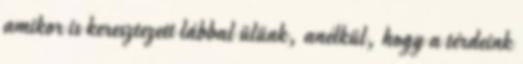
amikor is keresztezett lábbal ülünk, anélkül, hogy a térdeink